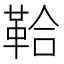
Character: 鞈